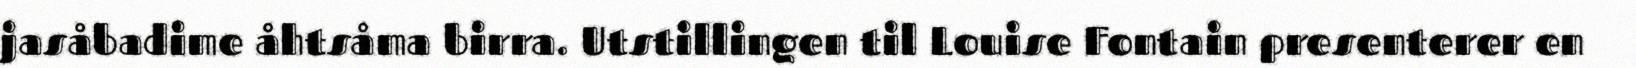
jasåbadime åhtsåma birra. Utstillingen til Louise Fontain presenterer en